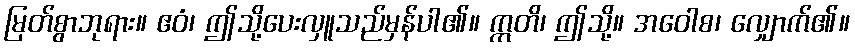
မြတ်စွာဘုရား။ ဧဝံ၊ ဤသို့ပေးလှူသည်မှန်ပါ၏။ ဣတိ၊ ဤသို့။ အဝေါစ၊ လျှောက်၏။